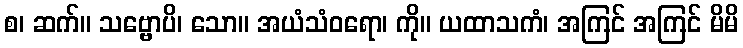
စ၊ ဆက်။ သဗ္ဗောပိ၊ သော။ အယံသံဝရော၊ ကို။ ယထာသကံ၊ အကြင် အကြင် မိမိ